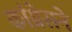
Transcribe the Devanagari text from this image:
कांग्रेसने